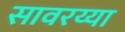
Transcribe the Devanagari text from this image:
सावरय्या